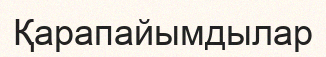
Қарапайымдылар